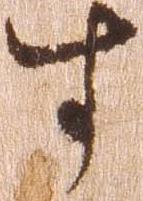
す